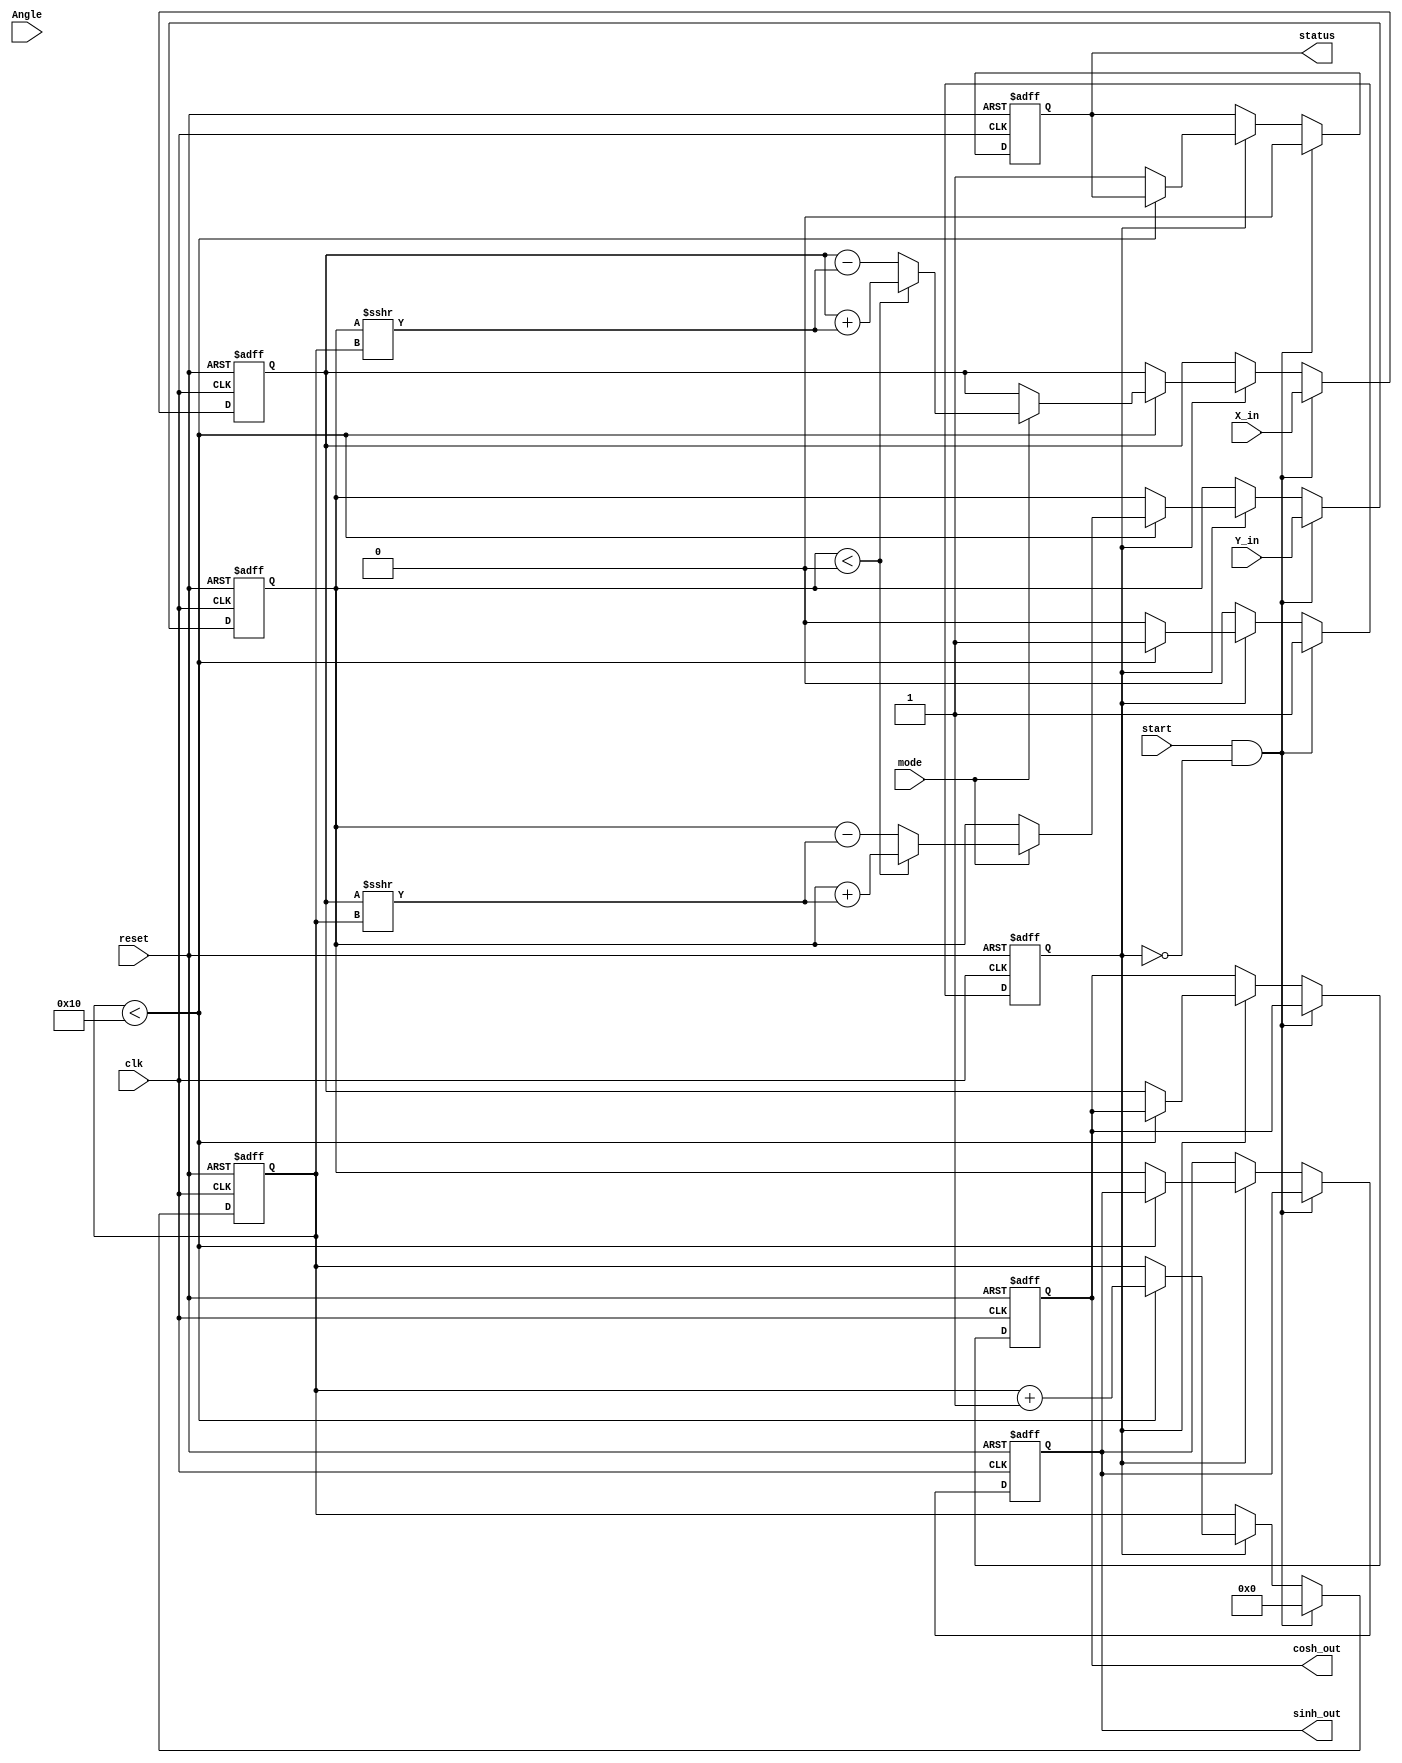
module HyperbolicCORDIC (
    input wire clk,
    input wire reset,
    input wire start,
    input wire [15:0] X_in,    // Fixed-point input for X
    input wire [15:0] Y_in,    // Fixed-point input for Y
    input wire [15:0] Angle,    // Input angle in fixed-point
    input wire mode,           // Mode: 0 for circular, 1 for hyperbolic
    output reg [15:0] sinh_out, // Output for sinh(X)
    output reg [15:0] cosh_out, // Output for cosh(X)
    output reg status          // Status signal
);

    reg [15:0] X, Y;            // Internal X and Y registers
    reg [7:0] angle_lookup [0:15]; // Lookup table for arctanh values
    reg [3:0] iteration_count;   // Iteration counter
    reg busy;                    // Busy flag for processing

    initial begin
        angle_lookup[0] = 16'h0000; // arctanh(0)
        angle_lookup[1] = 16'hCCCC; // arctanh(1/2)
        angle_lookup[2] = 16'h6666; // arctanh(1/4)
        angle_lookup[3] = 16'h3333; // arctanh(1/8)
        angle_lookup[4] = 16'h199A; // arctanh(1/16)
        angle_lookup[5] = 16'h0C84; // arctanh(1/32)
        angle_lookup[6] = 16'h0616; // arctanh(1/64)
        angle_lookup[7] = 16'h0312; // arctanh(1/128)
        angle_lookup[8] = 16'h0189; // arctanh(1/256)
        angle_lookup[9] = 16'h00C5; // arctanh(1/512)
        angle_lookup[10] = 16'h0063; // arctanh(1/1024)
        angle_lookup[11] = 16'h0031; // arctanh(1/2048)
        angle_lookup[12] = 16'h0019; // arctanh(1/4096)
        angle_lookup[13] = 16'h000C; // arctanh(1/8192)
        angle_lookup[14] = 16'h0006; // arctanh(1/16384)
        angle_lookup[15] = 16'h0003; // arctanh(1/32768)
    end

    always @(posedge clk or posedge reset) begin
        if (reset) begin
            X <= 0;
            Y <= 0;
            iteration_count <= 0;
            status <= 0;
            busy <= 0;
            sinh_out <= 0;
            cosh_out <= 0;
        end else if (start && !busy) begin
            // Initialize
            X <= X_in;
            Y <= Y_in;
            iteration_count <= 0;
            busy <= 1;
            status <= 0;
        end else if (busy) begin
            // CORDIC Iteration Process
            if (iteration_count < 16) begin
                if (mode) begin  // Hyperbolic mode
                    if (Y < 0) begin
                        // Apply rotation in hyperbolic mode
                        X <= X + (Y >>> iteration_count);
                        Y <= Y + (X >>> iteration_count);
                    end else begin
                        X <= X - (Y >>> iteration_count);
                        Y <= Y - (X >>> iteration_count);
                    end
                end else begin  // Circular mode
                    // Similar logic for circular mode can be implemented
                end

                // Increment iteration count
                iteration_count <= iteration_count + 1;
            end else begin
                // Output results after completion
                sinh_out <= Y;
                cosh_out <= X;
                status <= 1; // Indicate completion
                busy <= 0;  // Clear busy flag
            end
        end
    end
endmodule